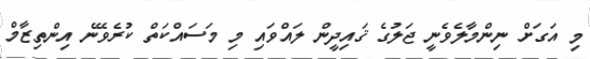
މި އަގަށް ނިންމާލެވެނީ ޖަލުގެ ޤައިދީން ލައްވައި މި މަސައްކަތް ކުރެވޭނެ އިންތިޒާމް